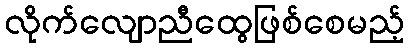
လိုက်လျောညီထွေဖြစ်စေမည့်